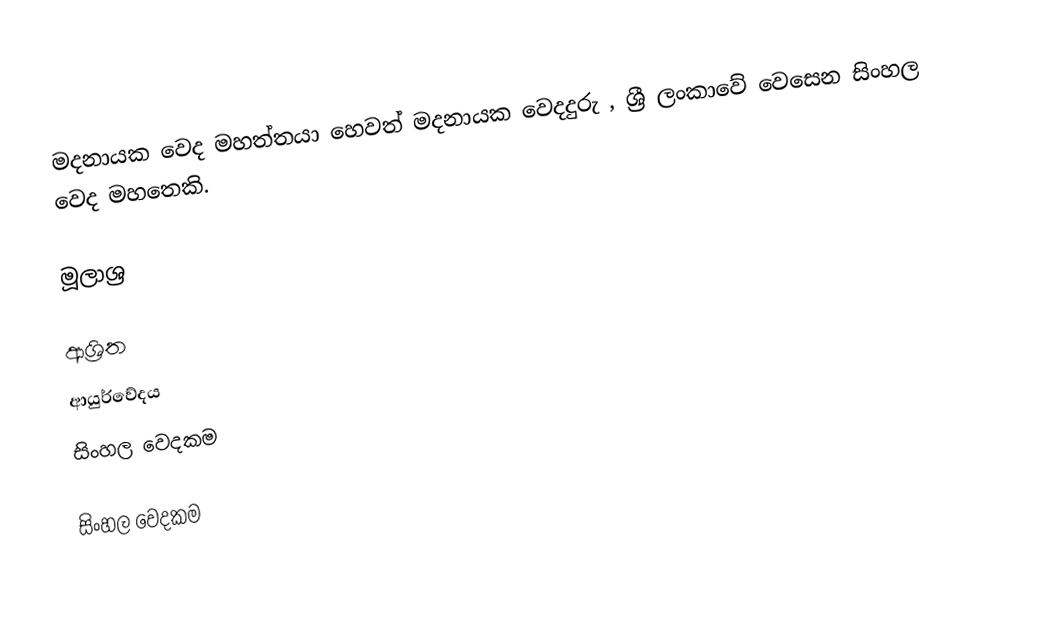
මදනායක වෙද මහත්තයා හෙවත් මදනායක වෙදදුරු , ශ්‍රී ලංකාවේ වෙසෙන සිංහල වෙද මහතෙකි.

මූලාශ්‍ර

ආශ්‍රිත
 ආයුර්වේදය
 සිංහල වෙදකම

සිංහල වෙදකම